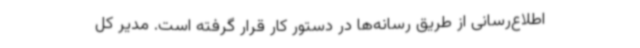
اطلاع‌رسانی از طریق رسانه‌ها در دستور کار قرار گرفته است. مدیر کل